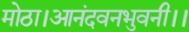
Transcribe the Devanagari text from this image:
मोठा।आनंदवनभुवनी।।